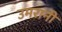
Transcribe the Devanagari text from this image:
उमरानी